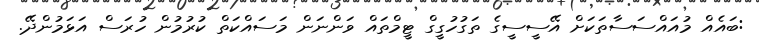
:ބައެއް މުއައްސަސާތަކަށް އޭސީސީގެ ތަގުހުގީގް ޓީމްތައް ވަންނަން މަސައްކަތް ކުރުމުން ހުރަސް އަޅަމުންދޭ.